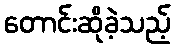
တောင်းဆိုခဲ့သည့်